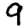
Digit: 9